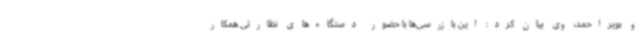
و بویراحمد، وی بیان کرد: این بازرسی‌ها با حضور دستگاه‌های نظارتی همکار